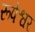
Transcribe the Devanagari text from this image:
रूपेश्वर